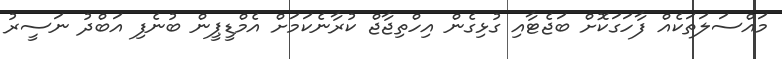
މައްސަލަތަކެއް ފާހަގަކޮށް ބަޖެޓާއި ގުޅިގެން އިހްތިޖާޖް ކުރާނެކަމަށް އެމްޑީޕީން ބުނެފި އަބްދު ނަސީރު